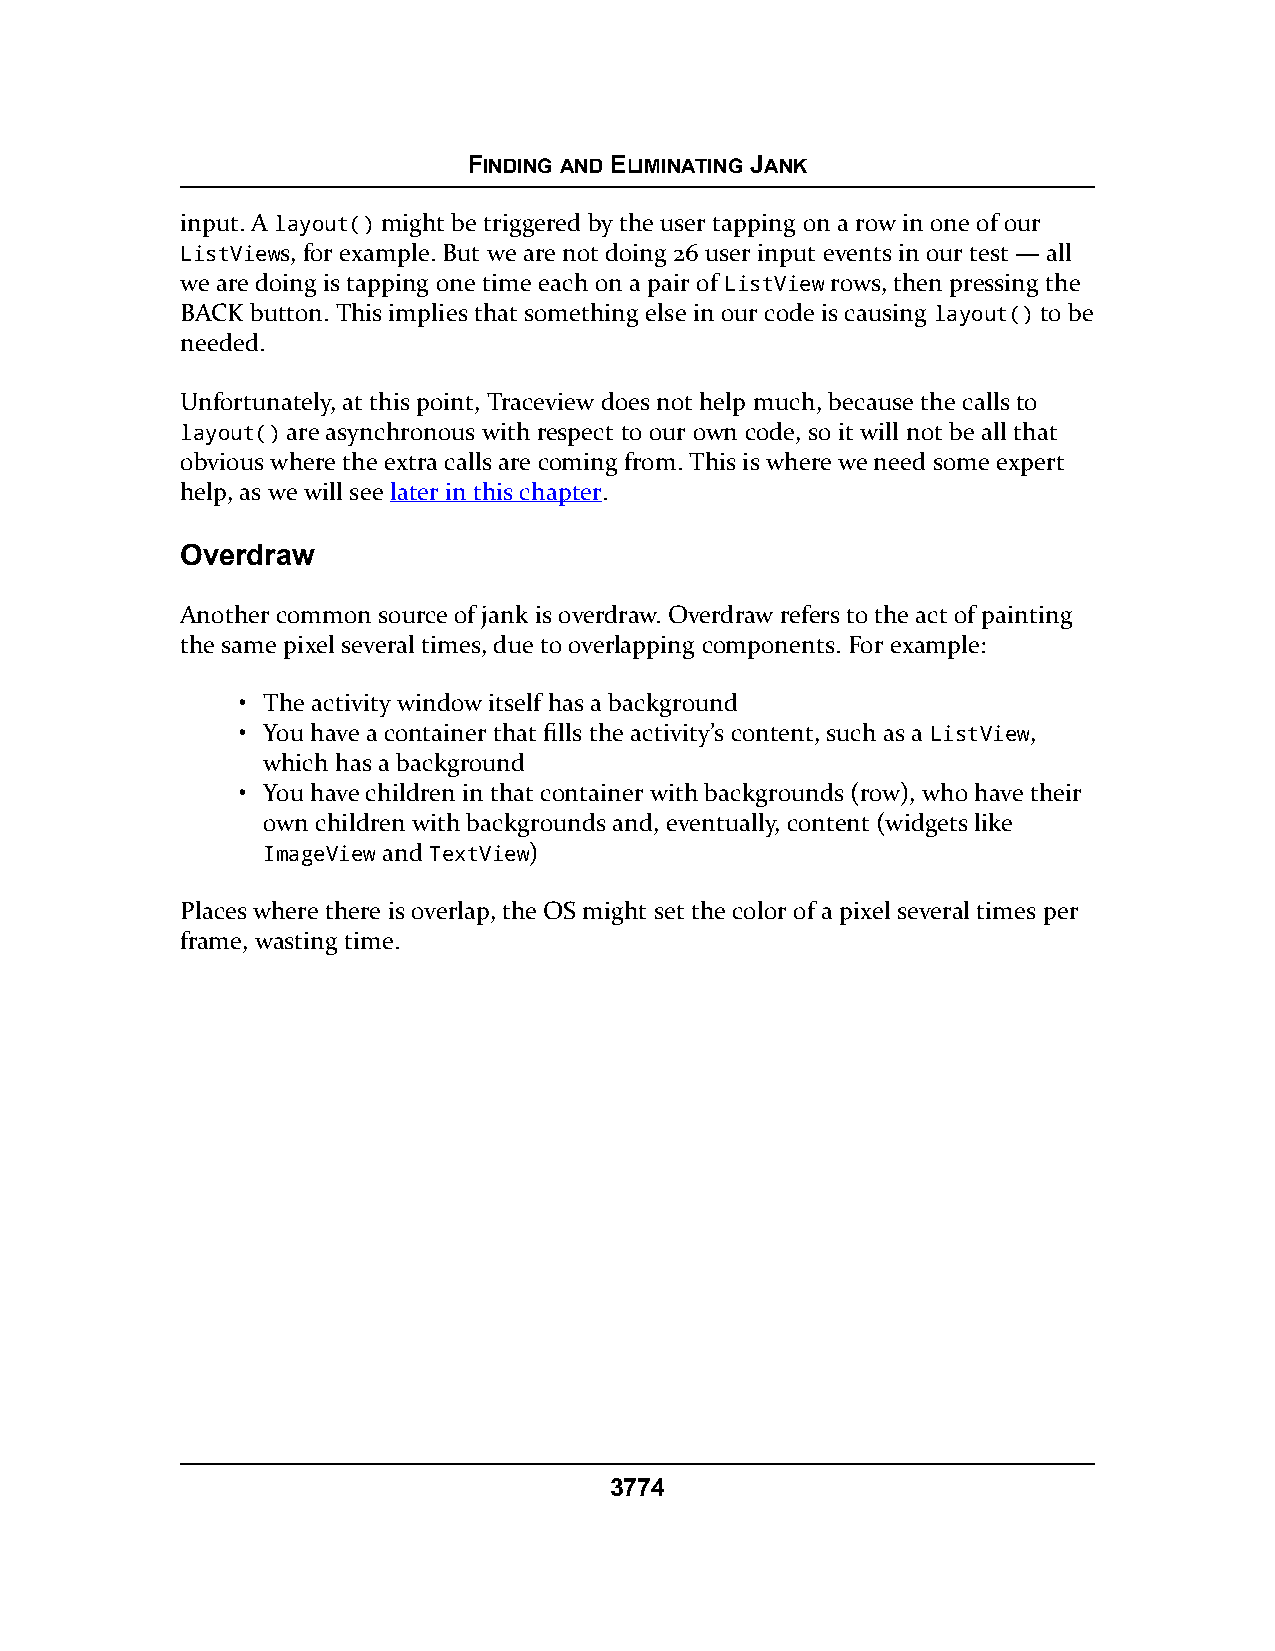
FINDING AND ELIMINATING JANK
 input. A layout() might be triggered by the user tapping on a row in one of our
 ListViews, for example. But we are not doing 26 user input events in our test — all
 we are doing is tapping one time each on a pair of ListView rows, then pressing the
 BACK button. This implies that something else in our code is causing layout() to be
 needed.
 Unfortunately, at this point, Traceview does not help much, because the calls to
 layout() are asynchronous with respect to our own code, so it will not be all that
 obvious where the extra calls are coming from. This is where we need some expert
 help, as we will see later in this chapter.
 Overdraw
 Another common source of jank is overdraw. Overdraw refers to the act of painting
 the same pixel several times, due to overlapping components. For example:
 • The activity window itself has a background
 • You have a container that fills the activity’s content, such as a ListView,
 which has a background
 • You have children in that container with backgrounds (row), who have their
 own children with backgrounds and, eventually, content (widgets like
 ImageView and TextView)
 Places where there is overlap, the OS might set the color of a pixel several times per
 frame, wasting time.
 3774